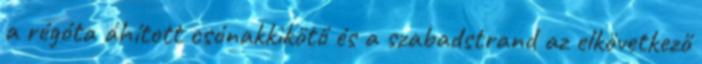
a régóta áhított csónak­kikötő és a szabadstrand az elkövetkező